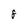
Character: 8